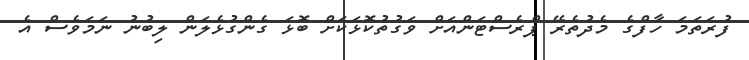
ފުރަތަމަ ހާފްގެ މެދުތެރޭ ޕްރެސްޓަންއަށް ވަގުތުކޮޅަކަށް ބޮޅަ ގެންގުޅެލަން ލިބުނު ނަމަވެސް އެ